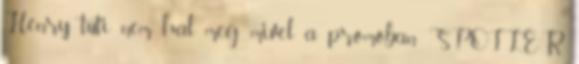
Henry tuti nem hal meg, mivel a promóban SPOILER